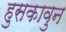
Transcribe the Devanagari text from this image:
हुसकावुन